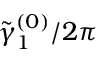
{ \tilde { \gamma } _ { 1 } } ^ { ( 0 ) } / 2 \pi